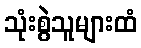
သုံးစွဲသူများထံ